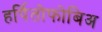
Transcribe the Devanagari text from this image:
हर्पितोफोबिअ